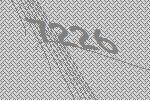
7226